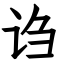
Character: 诌